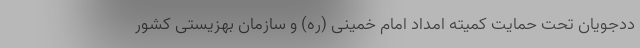
ددجویان تحت حمایت کمیته امداد امام خمینی (ره) و سازمان بهزیستی کشور